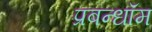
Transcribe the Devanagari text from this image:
प्रबन्धॉम